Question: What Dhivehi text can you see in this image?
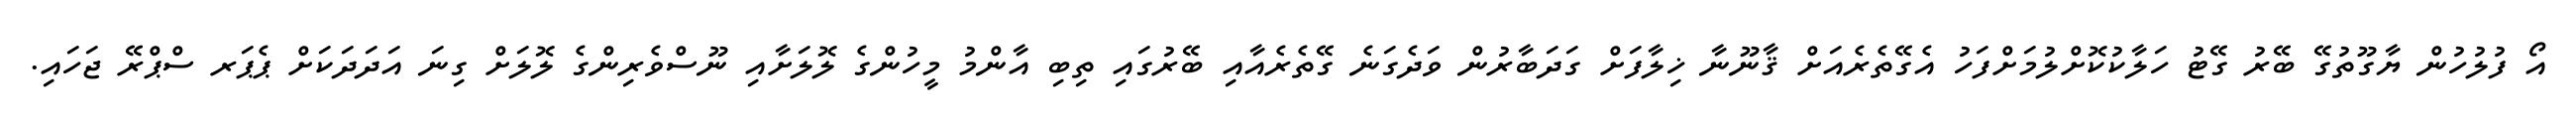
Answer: އޯ ފުލުހުން ޔާގޫތުގޭ ބޭރު ގޭޓު ހަލާކުކޮށްލުމަށްފަހު އެގޭތެރެއަށް ޤާނޫނާ ޚިލާފަށް ގަދަބާރުން ވަދެގަނެ ގޭތެރެއާއި ބޭރުގައި ތިބި އާންމު މީހުންގެ ލޮލަށާއި ނޫސްވެރިންގެ ލޮލަށް ގިނަ އަދަދަކަށް ޕެޕަރ ސްޕްރޭ ޖަހައި.